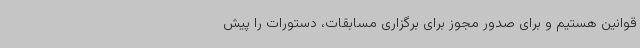
قوانین هستیم و برای صدور مجوز برای برگزاری مسابقات، دستورات را پیش